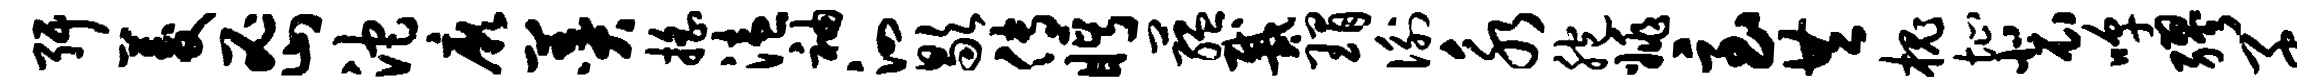
弭菱密沱厥羹摇溘袖泗歇传眄蕴戴瑁衡永胞姚急共槐址裴嗥缪函